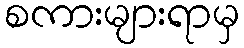
စကားများရာမှ